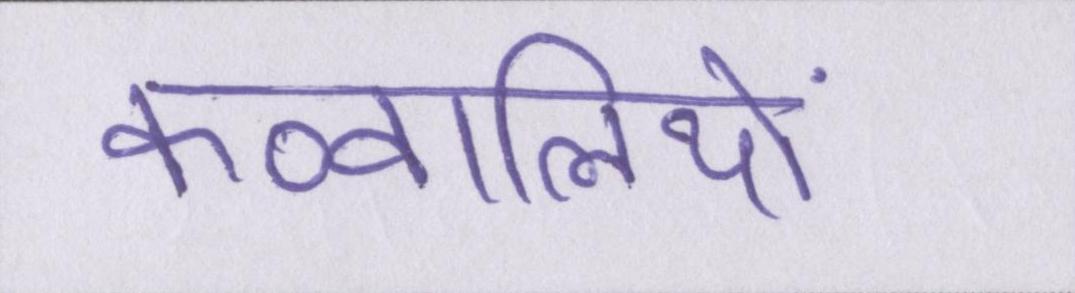
कव्वालियों